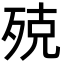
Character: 殑